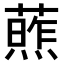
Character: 𫉧